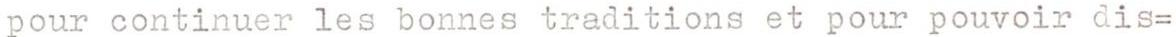
pour continuer les bonnes traditions et pour pouvoir dis=